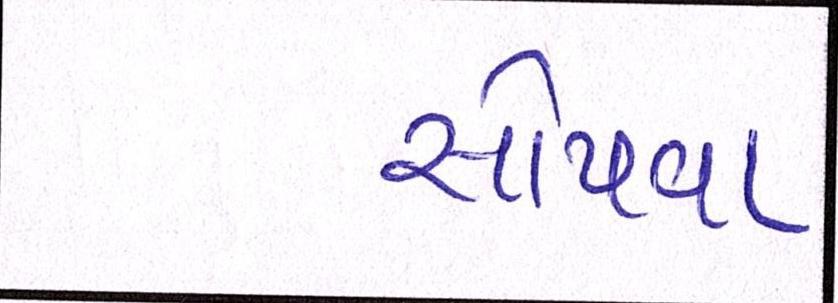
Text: સોંપવા